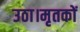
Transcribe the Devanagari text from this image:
उठा।मृतकों